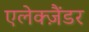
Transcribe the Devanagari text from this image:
एलेक्ज़ैंडर